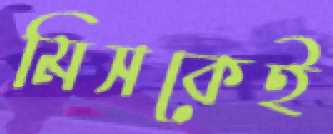
মিসকেই